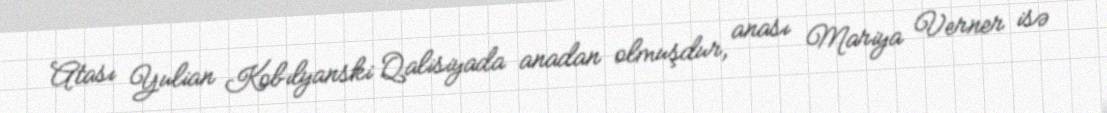
Atası Yulian Kobılyanski Qalisiyada anadan olmuşdur, anası Mariya Verner isə